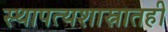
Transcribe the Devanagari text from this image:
स्थापत्यशास्रातही